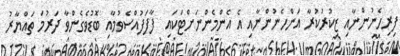
ފިރިހެނުންނާއި ޒިކުރުކުރާ އަންހެނުންނާއި އެ އެންމެންނަށްޓަކައި  ފާފަފުއްސެވުމާއި ބޮޑުވެގެންވާ ދަރުމަ ތައްޔާރު